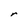
Character: r